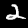
Label: 2